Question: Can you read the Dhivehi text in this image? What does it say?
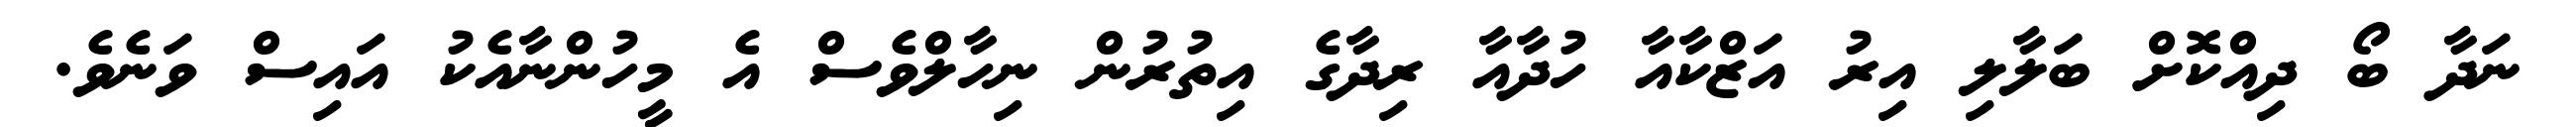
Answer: ނަދާ ބޯ ދިއްކޮށް ބަލާލި އިރު އަޒްކާއާ ހުދާއާ ރިދާގެ އިތުރުން ނިހާލްވެސް އެ މީހުންނާއެކު އައިސް ވަނެވެ.